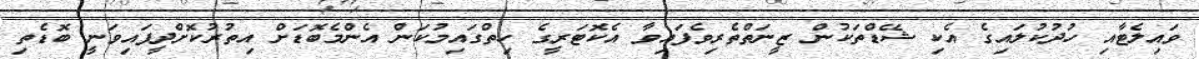
ވައިލެޓާއި ހުދުކުލައިގެ އެކި ޝޭޑްތަކުން ޒީނަތްތެރިވެފައިވާ އެކޮޓަރީގެ ހިތްގައިމުކަން އެންމެބޮޑަށް އިތުރުކޮށްދީފައިވަނީ ބޮޑެތި